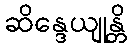
ဆိန္ဒေယျုန္တိ